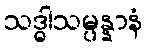
သဒ္ဓါသမ္ပန္နာနံ